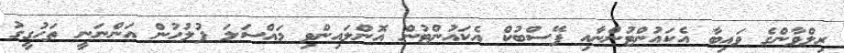
ރިލްވާންގެ ވައިބާ އެކައުންޓުންނާއި ފޭސްބުކް އެކައުންޓުން އޮންލައިންވި މައްސަލަ ފުލުހުން އަންނަނީ ތަހުގީގު